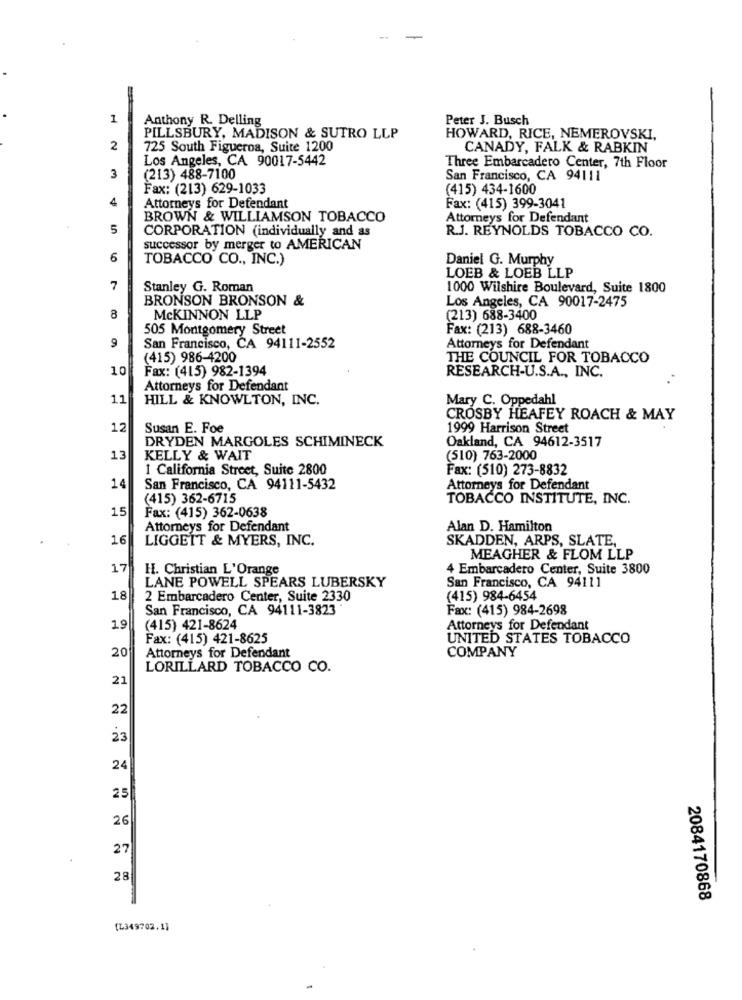
1
Anthony R. Delling
Peter J. Busch
PILLSBURY, MADISON & SUTRO LLP
HOWARD, RICE, NEMEROVSKI,
2
725 South Figueroa, Suite 1200
CANADY, FALK & RABKIN
Los Angeles, CA 90017-5442
Three Embarcadero Center, 7th Floor
3
(213) 488-7100
San Francisco, CA 94111
Fax: (213) 629-1033
(415) 434-1600
4
Attorneys for Defendant
Fax: (415) 399-3041
BROWN & WILLIAMSON TOBACCO
Attorneys for Defendant
5
CORPORATION (individually and as
R.J. REYNOLDS TOBACCO CO.
successor by merger to AMERICAN
6
TOBACCO CO ., INC.)
Daniel G. Murphy
LOEB & LOEB LLP
7
Stanley G. Roman
1000 Wilshire Boulevard, Suite 1800
BRONSON BRONSON &
Los Angeles, CA 90017-2475
8
MCKINNON LLP
(213) 688-3400
505 Montgomery Street
Fax: (213) 688-3460
9
San Francisco, CA 94111-2552
Attorneys for Defendant
(415) 986-4200
THE COUNCIL FOR TOBACCO
10
Fax: (415) 982-1394
RESEARCH-U.S.A ., INC.
Attorneys for Defendant
11
HILL & KNOWLTON, INC.
Mary C. Oppedahl
CROSBY HEAFEY ROACH & MAY
12
Susan E. Foe
1999 Harrison Street
DRYDEN MARGOLES SCHIMINECK
Oakland, CA 94612-3517
13
KELLY & WAIT
(510) 763-2000
1 California Street, Suite 2800
Fax: (510) 273-8832
14
San Francisco, CA 94111-5432
Attorneys for Defendant
(415) 362-6715
TOBACCO INSTITUTE, INC.
15
Fax: (415) 362-0638
Attorneys for Defendant
Alan D. Hamilton
16
LIGGEIT & MYERS, INC.
SKADDEN, ARPS, SLATE,
MEAGHER & FLOM LLP
17
H. Christian L'Orange
4 Embarcadero Center, Suite 3800
San Francisco, CA 94111
LANE POWELL SPEARS LUBERSKY
18
2 Embarcadero Center, Suite 2330
(415) 984-6454
San Francisco, CA 94111-3823
Fax: (415) 984-2698
19
(415) 421-8624
Attorneys for Defendant
Fax: (415) 421-8625
UNITED STATES TOBACCO
20
Attorneys for Defendant
COMPANY
LORILLARD TOBACCO CO.
21
22
23
24
25
26
27
28
2084170868
[Z349702.1]